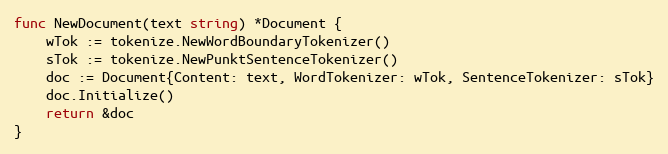
Language: Go
func NewDocument(text string) *Document {
	wTok := tokenize.NewWordBoundaryTokenizer()
	sTok := tokenize.NewPunktSentenceTokenizer()
	doc := Document{Content: text, WordTokenizer: wTok, SentenceTokenizer: sTok}
	doc.Initialize()
	return &doc
}